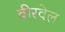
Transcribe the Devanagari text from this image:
वीरवेल